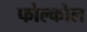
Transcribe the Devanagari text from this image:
फोल्कोल